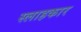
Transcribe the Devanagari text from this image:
स्लाहकार